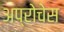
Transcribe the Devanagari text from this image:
अप्रोचेस